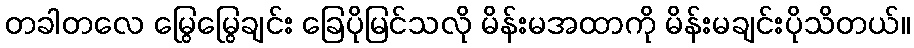
တခါတလေ မြွေမြွေချင်း ခြေပိုမြင်သလို မိန်းမအထာကို မိန်းမချင်းပိုသိတယ်။